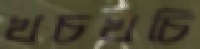
খচখচি